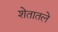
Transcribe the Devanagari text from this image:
शेतातले